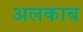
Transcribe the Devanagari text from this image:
अलकाब